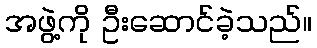
အဖွဲ့ကို ဦးဆောင်ခဲ့သည်။